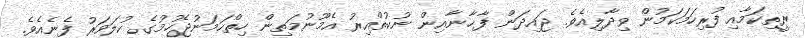
ރީތިކަމާއި ފުރިހަމަކަމުން ވިދާލިއެވެ. ޖައިދަން ފާޚާނާއިން ނުކުތްއިރު އެމޫނުމަތިން ހިތްހަމަނުޖެހުމުގެ ކުލަވަރު ފެނެއެވެ.